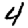
Digit: 4